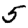
Digit: 5